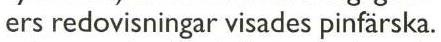
ers redovisningar visades pinfärska.